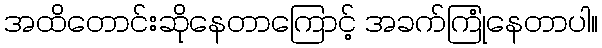
အထိတောင်းဆိုနေတာကြောင့် အခက်ကြုံနေတာပါ။